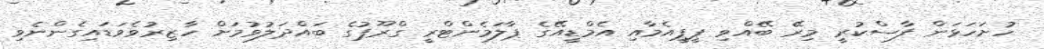
ހުށަހަޅަން ފާސްކުރީ މިރޭ ބޭއްވި ޕީޕީއެމާއި އެމްޑީއޭގެ ޕާލަމެންޓްރީ ގްރޫޕުގެ ބައްދަލުވުމަށް ހާޒިރުވެވަޑައިގެންނެވި